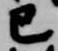
巳